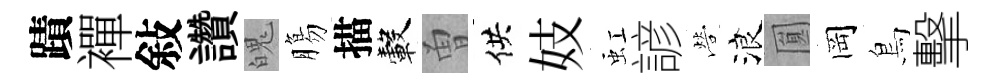
蹟襌敍讚魄膓描轂曽供妓虹諺營浪圎岡鳥擊